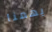
يهمنا